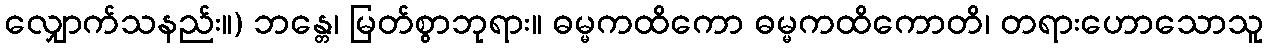
လျှောက်သနည်း။) ဘန္တေ၊ မြတ်စွာဘုရား။ ဓမ္မကထိကော ဓမ္မကထိကောတိ၊ တရားဟောသောသူ